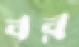
বর